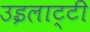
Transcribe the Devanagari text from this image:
उइलाट्टी